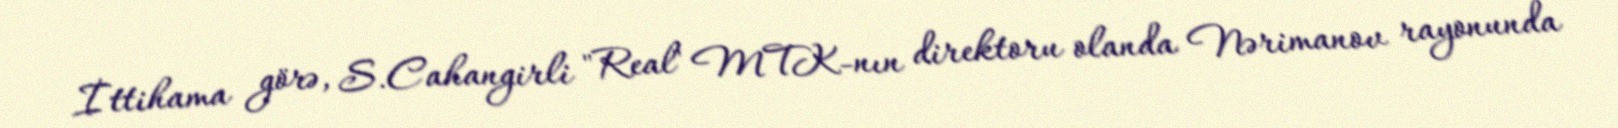
İttihama görə, S.Cahangirli "Real" MTK-nın direktoru olanda Nərimanov rayonunda